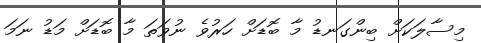
މިސާލަކަށް ބިންގަނޑު މާ ބޮޑަށް ހަރުވެ ނުވަތަ މާ ބޮޑަށް މަޑު ނަމަ